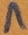
Text: 1